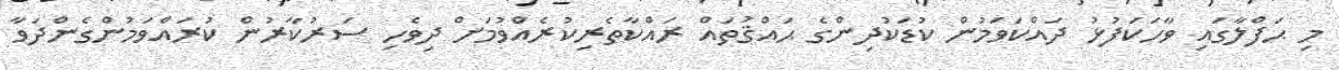
މި ޙަފްލާގައި ވާހަކަފުޅު ދައްކަވަމުން ކުޑަކުދިންގެ ޙައްޤުތައް ރައްކާތެރިކުރެއްވުމަށް ދިވެހި ސަރުކާރުން ކުރައްވަމުންގެންދަވާ